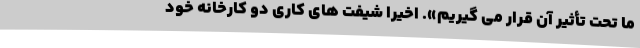
ما تحت تأثیر آن قرار می گیریم». اخیراً شیفت های کاری دو کارخانه خود